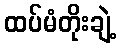
ထပ်မံတိုးချဲ့